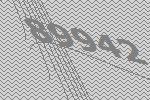
89942